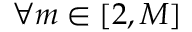
\forall m \in [ 2 , M ]